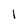
Character: 1